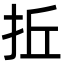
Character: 拞